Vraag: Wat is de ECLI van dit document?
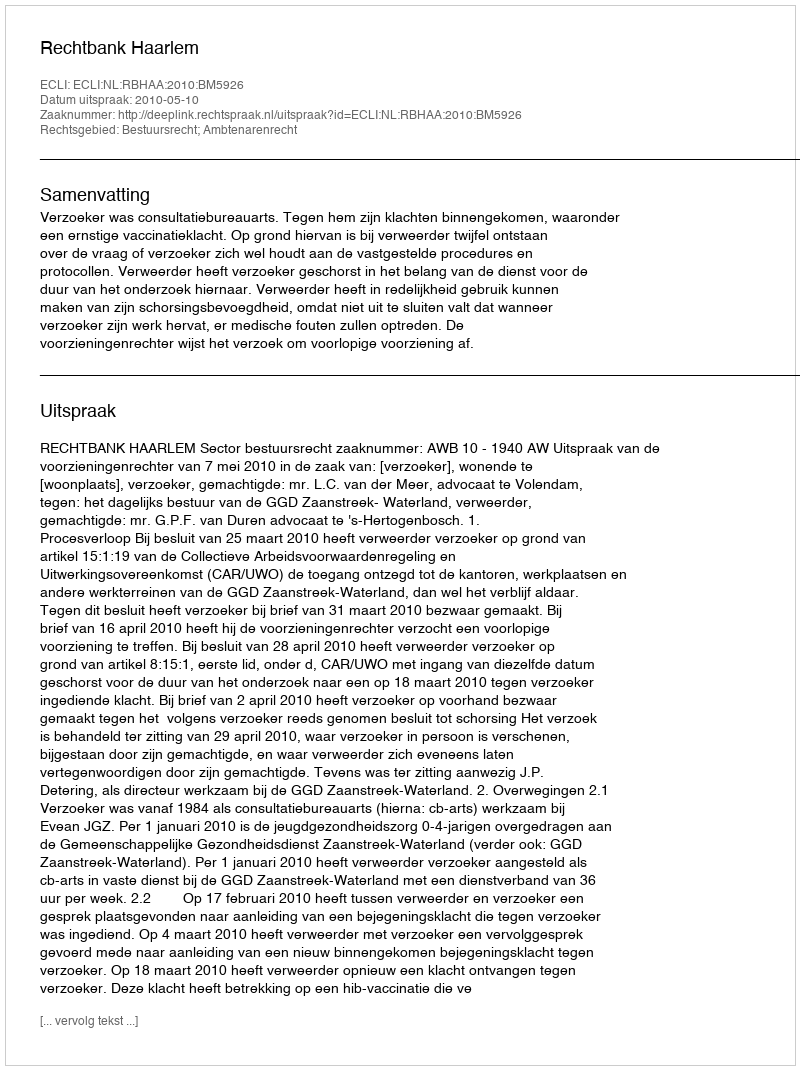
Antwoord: ECLI:NL:RBHAA:2010:BM5926